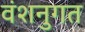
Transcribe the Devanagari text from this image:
वंशनुगत